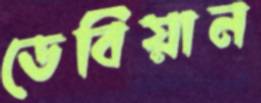
ডেবিয়ান